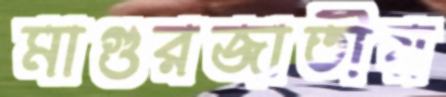
মাগুরজাতীয়